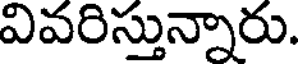
వివరిస్తున్నారు.